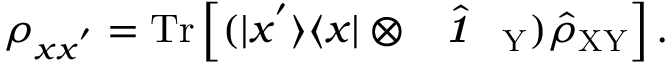
\rho _ { x x ^ { ' } } = \mathrm { T r } \left[ ( | x ^ { ' } \rangle \langle x | \otimes \hat { \textbf { \textit { 1 } } \, } _ { \! \mathrm { Y } } ) \hat { \rho } _ { \mathrm { X Y } } \right] .